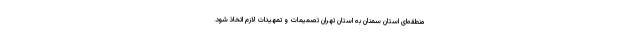
منطقه‌ای استان سمنان به استان تهران تصمیمات و تمهیدات لازم اتخاذ شود.